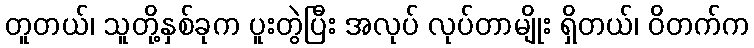
တူတယ်၊ သူတို့နှစ်ခုက ပူးတွဲပြီး အလုပ် လုပ်တာမျိုး ရှိတယ်၊ ဝိတက်က